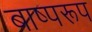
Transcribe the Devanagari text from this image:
बाष्परूप